Annual administration report of the Civil Veterinary Department of India - 1896-1897
Year: 1896
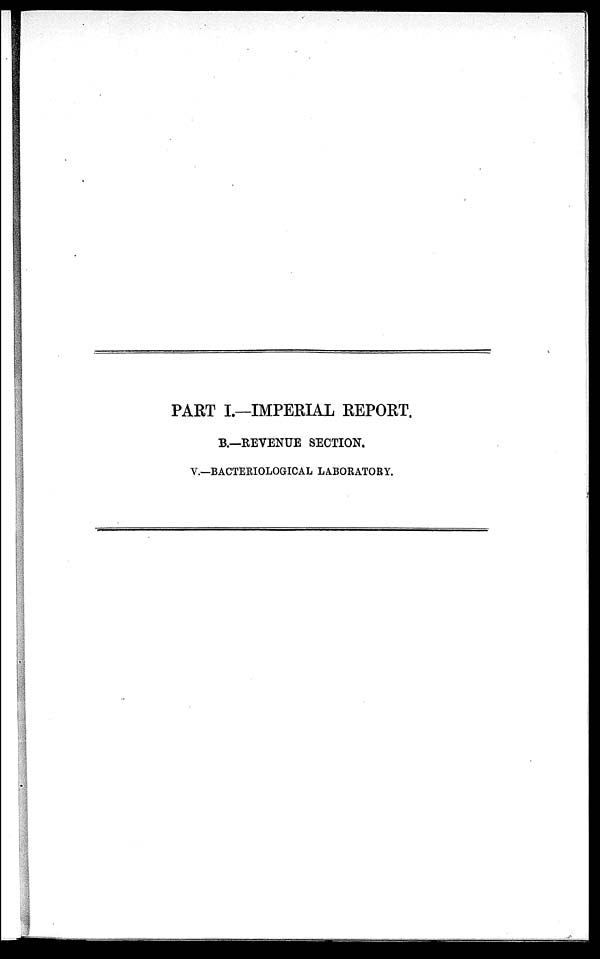
PART I.—IMPERIAL REPORT.
B.—REVENUE SECTION.
V.—BACTERIOLOGICAL LABORATORY.